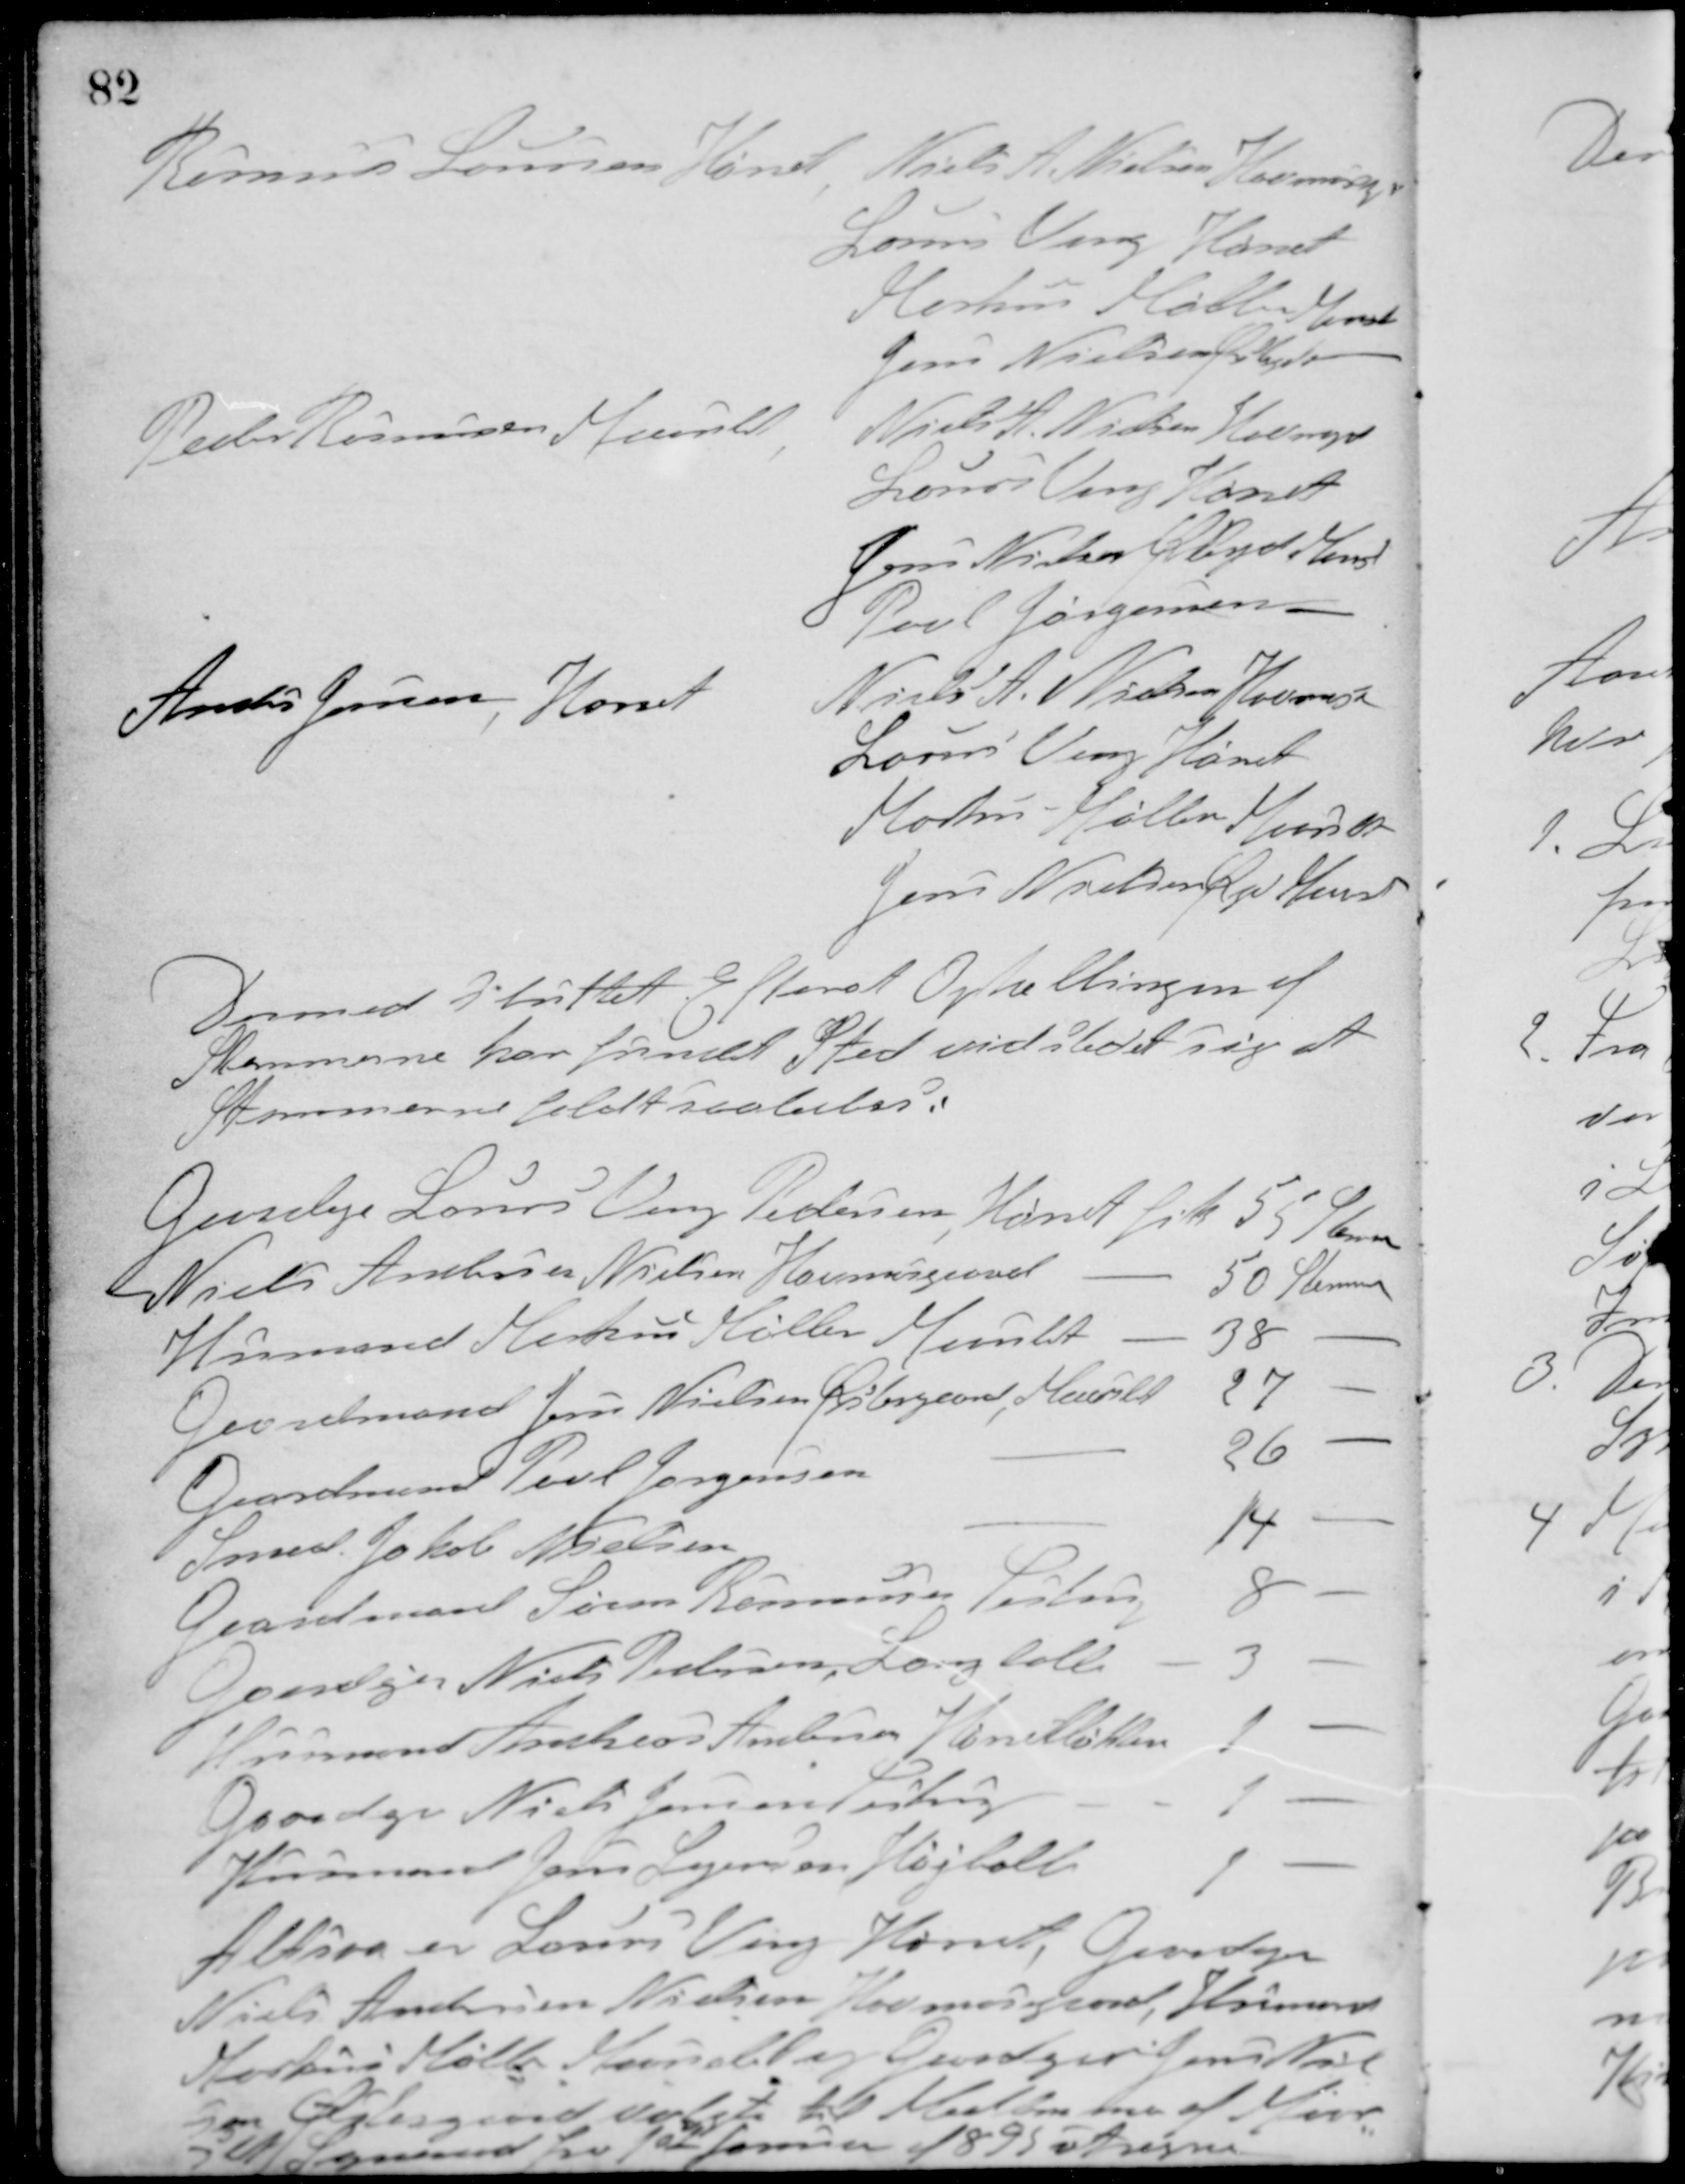
Transskription:
Rasmus Laursen Hørret
Niels A. Nielsen Havmosegd
Laurs Veng Hørret
Markus Møller Maarslet
Jens Nielsen Østergd -
Peder Rasmussen Maarslet
Niels A. Nielsen, Havmogd
Laurs Veng Hørret
Jens Nielsen Østergd Maarsl
Povl Jørgensen -
Anders Jensen, Hørret
Niels A. Nielsen Havmose
Laurs Veng Hørret
Markus Møller Maarslet
Jens Nielsen Øsgd Maarsl

Dermed sluttet Efterat Optællingen af
Stemmerne har fundet Sted vidste det sig at
Stemmerne faldt saaledes:
Gaardejer Laurs Veng Pedersen, Hørret fik 55 Stemmer
Niels Andersen Nielsen, Havmosegaard - 50 Stemmer
Husmand Markus Møller, Maarslet - 38 -
Gaardmand Jens Nielsen Østergaard, Maarslet - 27 -
Gaardmand Povl Jørgensen - 26 -
Smed Jakob Nielsen - 14 -
Gaardmand Søren Rasmussen Testrup 8 -
Gaardejer Niels Pedersen, Langballe - 3 -
Husmand Andreas Antonsen, Hørretløkken - 1 -
Gaardejer Niels Jense, Testrup - 1 -
Husmand Jens Lejensen Højballe 1 -
Altsaa er Lauers Veng, Hørret, Gaardejer
Niels Andersen Nielsen, Havmosegaard, Husmand
Markus Møller, Maarslet og Gaardmand Jens Niel-
sen Østergaard valgte til Medlemmer af Maar-
slet Sogneraad fra 10de Januar 1895 at regne.